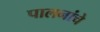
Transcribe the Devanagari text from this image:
पालनांचे